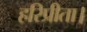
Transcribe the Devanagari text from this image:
हरिप्रीता।